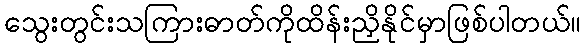
သွေးတွင်းသကြားဓာတ်ကိုထိန်းညှိနိုင်မှာဖြစ်ပါတယ်။